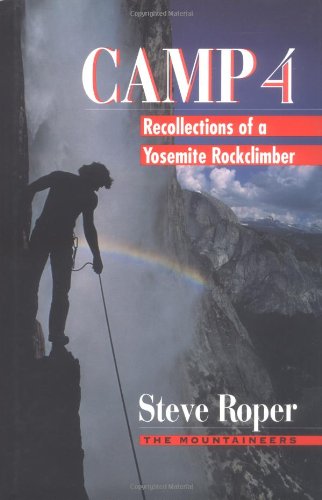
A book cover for Camp 4: Recollections of a Yosemite Rockclimber; Steve Roper; Sports & Outdoors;